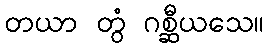
တယာ တွံ ဂစ္ဆီယသေ။